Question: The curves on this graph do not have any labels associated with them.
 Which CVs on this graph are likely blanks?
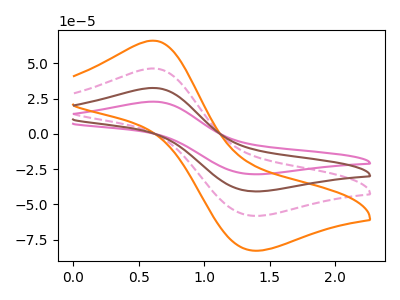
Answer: <think>The pink curve "pink" has an anodic peak at (0.60V, 139.05uA) and a cathodic peak at (1.35V, -174.10uA). The pink dashed curve "pink dashed" has an anodic peak at (0.60V, 46.35uA) and a cathodic peak at (1.35V, -58.05uA). The orange curve "orange" has an anodic peak at (0.60V, 66.05uA) and a cathodic peak at (1.35V, -82.70uA). The brown curve "brown" has an anodic peak at (0.60V, 92.70uA) and a cathodic peak at (1.35V, -116.05uA).</think>
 <answer>There are not any CV's on this graph that are likely to be blanks.</answer>
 <eval>none</eval>